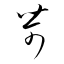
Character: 苛